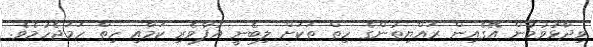
ވިދާޅުވުމުން އޭގެއިން ރައްޔިތުންގެ ހިތް ތަކަށް ލިބެނީ އުފާވެރި ކަމާއި ހިތް ހަމަޖެހުމެވެ.